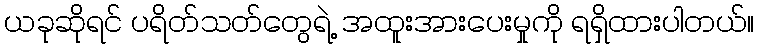
ယခုဆိုရင် ပရိတ်သတ်တွေရဲ့ အထူးအားပေးမှုကို ရရှိထားပါတယ်။